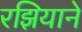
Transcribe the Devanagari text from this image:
रझियाने